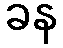
ခန